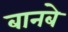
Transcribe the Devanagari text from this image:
बानबे